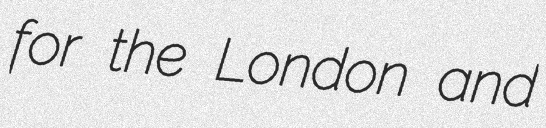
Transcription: for the London and